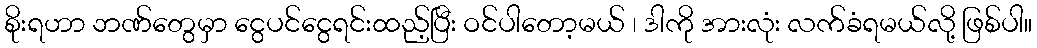
စိုးရဟာ ဘဏ်တွေမှာ ငွေပင်ငွေရင်းထည့်ပြီး ဝင်ပါတော့မယ် ၊ ဒါကို အားလုံး လက်ခံရမယ်လို့ ဖြစ်ပါ။